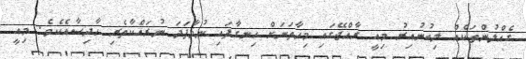
ގެއްލުންތަކެއް ލިބުނުއިރު މިއީ ރާއްޖޭގައި މިހާތަނަށް ހިނގާފައި ނުވާފަދަ ނުރައްކާތެރި ހާދިސާއެކެވެ. މިއީ